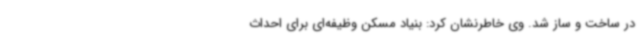
در ساخت و ساز شد. وی خاطرنشان کرد: بنیاد مسکن وظیفه‌ای برای احداث